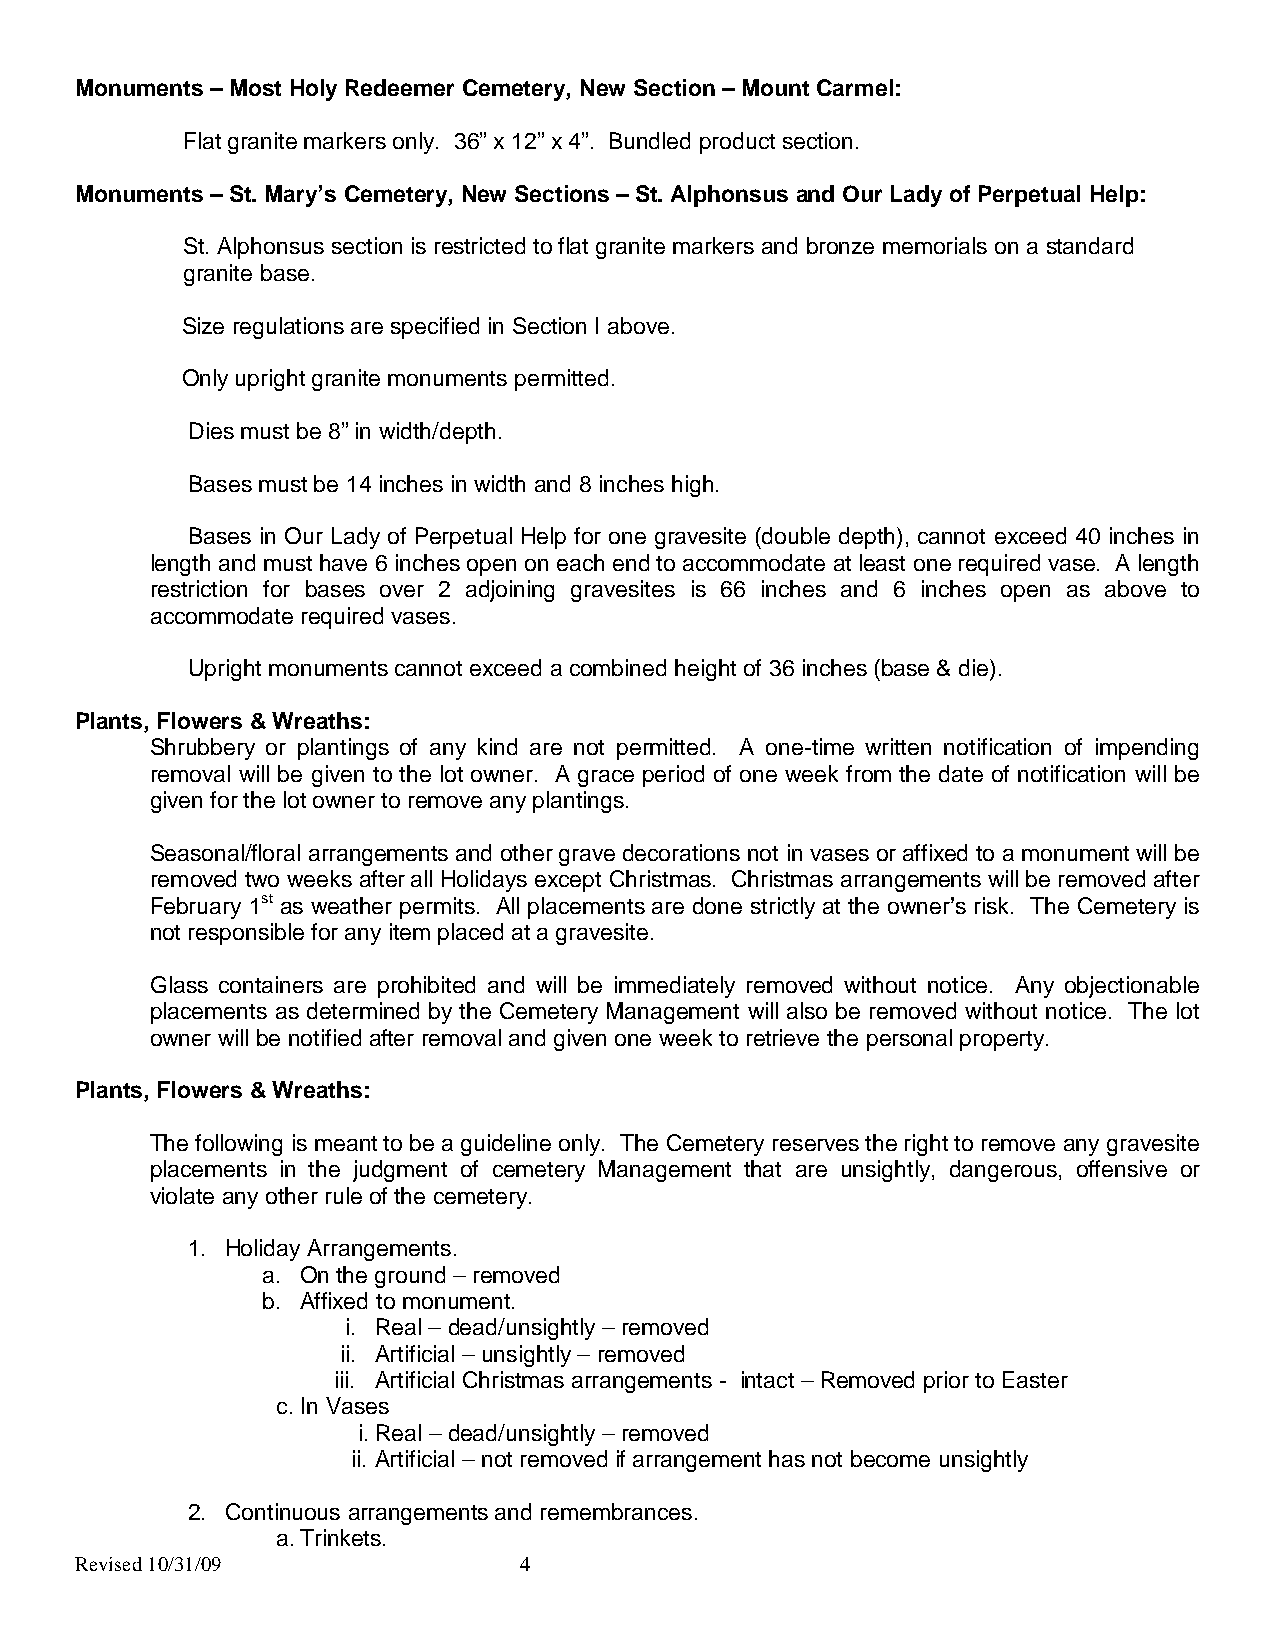
Monuments – Most Holy Redeemer Cemetery, New Section – Mount Carmel:
 Flat granite markers only. 36” x 12” x 4”. Bundled product section.
 Monuments – St. Mary’s Cemetery, New Sections – St. Alphonsus and Our Lady of Perpetual Help:
 St. Alphonsus section is restricted to flat granite markers and bronze memorials on a standard
 granite base.
 Size regulations are specified in Section I above.
 Only upright granite monuments permitted.
 Dies must be 8” in width/depth.
 Bases must be 14 inches in width and 8 inches high.
 Bases in Our Lady of Perpetual Help for one gravesite (double depth), cannot exceed 40 inches in
 length and must have 6 inches open on each end to accommodate at least one required vase. A length
 restriction for bases over 2 adjoining gravesites is 66 inches and 6 inches open as above to
 accommodate required vases.
 Upright monuments cannot exceed a combined height of 36 inches (base & die).
 Plants, Flowers & Wreaths:
 Shrubbery or plantings of any kind are not permitted. A one-time written notification of impending
 removal will be given to the lot owner. A grace period of one week from the date of notification will be
 given for the lot owner to remove any plantings.
 Seasonal/floral arrangements and other grave decorations not in vases or affixed to a monument will be
 removed two weeks after all Holidays except Christmas. Christmas arrangements will be removed after
 February 1st as weather permits. All placements are done strictly at the owner’s risk. The Cemetery is
 not responsible for any item placed at a gravesite.
 Glass containers are prohibited and will be immediately removed without notice. Any objectionable
 placements as determined by the Cemetery Management will also be removed without notice. The lot
 owner will be notified after removal and given one week to retrieve the personal property.
 Plants, Flowers & Wreaths:
 The following is meant to be a guideline only. The Cemetery reserves the right to remove any gravesite
 placements in the judgment of cemetery Management that are unsightly, dangerous, offensive or
 violate any other rule of the cemetery.
 1. Holiday Arrangements.
 a. On the ground – removed
 b. Affixed to monument.
 i. Real – dead/unsightly – removed
 ii. Artificial – unsightly – removed
 iii. Artificial Christmas arrangements - intact – Removed prior to Easter
 c. In Vases
 i. Real – dead/unsightly – removed
 ii. Artificial – not removed if arrangement has not become unsightly
 2. Continuous arrangements and remembrances.
 a. Trinkets.
 Revised 10/31/09             4